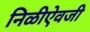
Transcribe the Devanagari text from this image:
निळीऐवजी